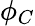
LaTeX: \phi_{C}